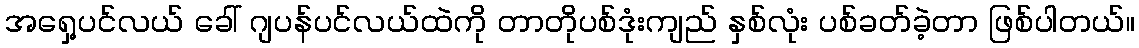
အရှေ့ပင်လယ် ခေါ် ဂျပန်ပင်လယ်ထဲကို တာတိုပစ်ဒုံးကျည် နှစ်လုံး ပစ်ခတ်ခဲ့တာ ဖြစ်ပါတယ်။